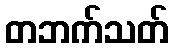
တဘက်သတ်